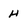
Character: H